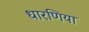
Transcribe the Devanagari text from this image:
धारणिया